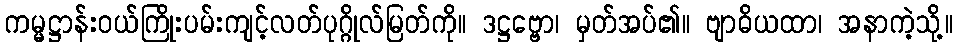
ကမ္မဋ္ဌာန်းဝယ်ကြိုးပမ်းကျင့်လတ်ပုဂ္ဂိုလ်မြတ်ကို။ ဒဋ္ဌဗ္ဗော၊ မှတ်အပ်၏။ ဗျာဓိယထာ၊ အနာကဲ့သို့။